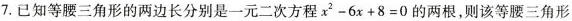
7.已知等腰三角形的两边长分别是一元二次方程$$x ^ { 2 - 6 x + 8 = 0$$的两根，则该等腰三角形